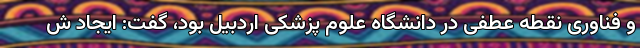
و فناوری نقطه عطفی در دانشگاه علوم پزشکی اردبیل بود، گفت: ایجاد ش